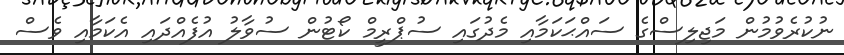
ނުކުރެވުމުން މަޖިލިސްގެ ސައްޙަކަމާއި މެދުގައި ސުޕްރީމް ކޯޓުން ސުވާލު އުފެއްދައި އެކަމާއި ވެސް